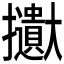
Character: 𱡒